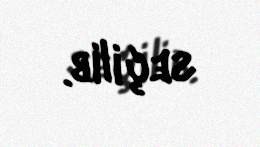
seçilib.